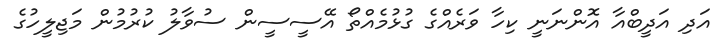
އަދި އަދީބްއާ އޮންނަނީ ކިހާ ވަރެއްގެ ގުޅުމެއްތޯ އޭސީސީން ސުވާލު ކުރުމުން މަޖިލީހުގެ